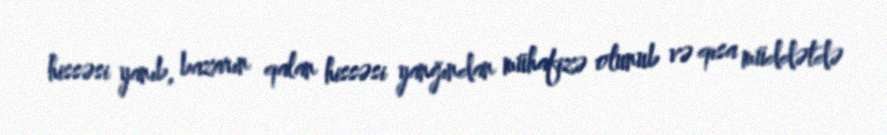
hissəsi yanıb, bazarın qalan hissəsi yanğından mühafizə olunub və qısa müddətdə